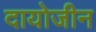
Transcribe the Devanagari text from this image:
दायोजीन